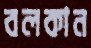
বলকান